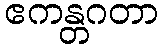
ဧကန္တဂတာ